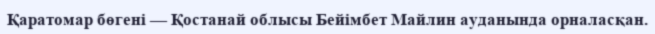
Қаратомар бөгені — Қостанай облысы Бейімбет Майлин ауданында орналасқан.